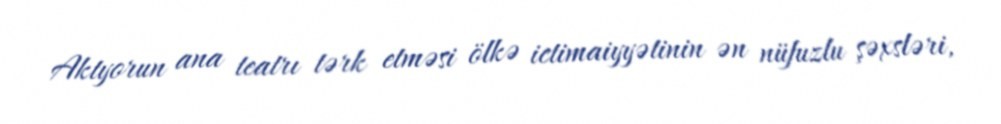
Aktyorun ana teatrı tərk etməsi ölkə ictimaiyyətinin ən nüfuzlu şəxsləri,